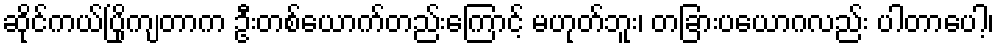
ဆိုင်ကယ်ပြိုကျတာက ဦးတစ်ယောက်တည်းကြောင့် မဟုတ်ဘူး၊ တခြားပယောဂလည်း ပါတာပေါ့၊